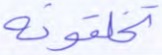
تخلقونه